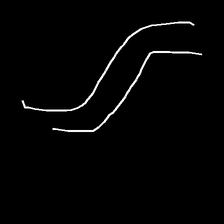
Glyph: float